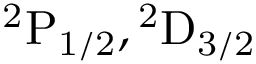
\mathrm { { } ^ { 2 } P _ { 1 / 2 } , { } ^ { 2 } D _ { 3 / 2 } }